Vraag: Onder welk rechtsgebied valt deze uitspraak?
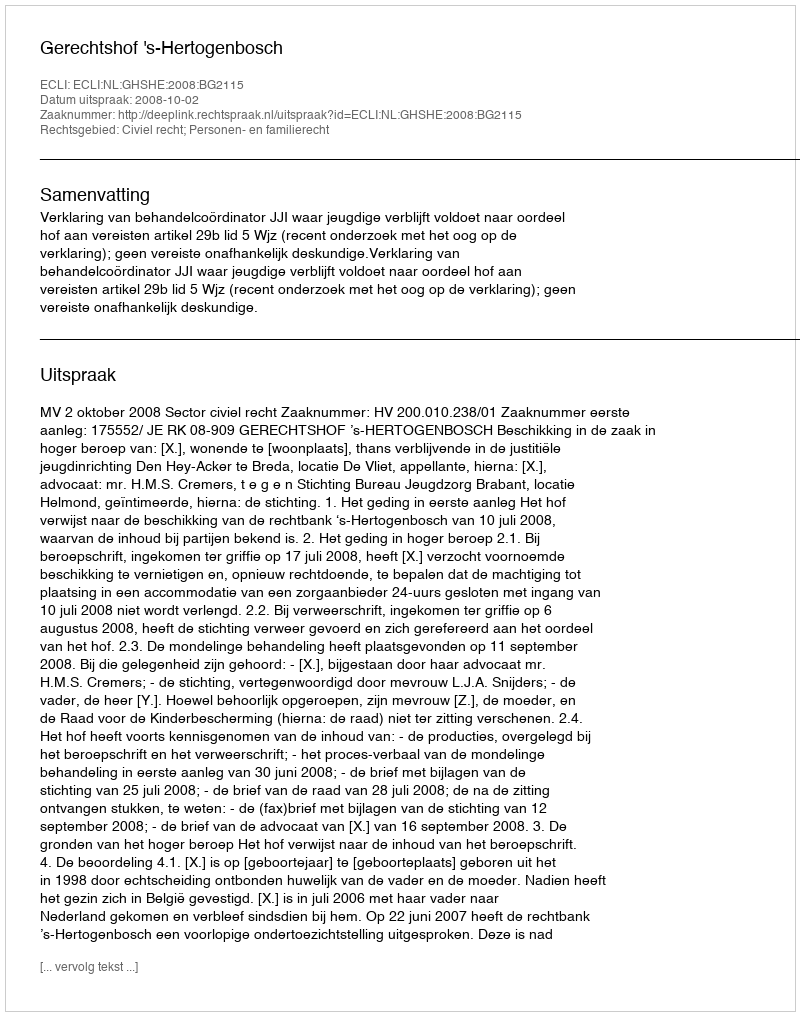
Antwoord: Civiel recht; Personen- en familierecht